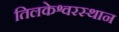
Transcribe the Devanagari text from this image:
तिलकेश्वरस्थान